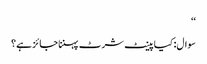
‘‘
سوال: کیا پینٹ شرٹ پہننا جائز ہے؟